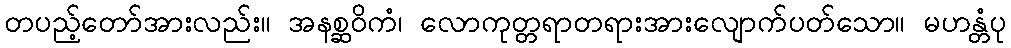
တပည့်တော်အားလည်း။ အနစ္ဆဝိကံ၊ လောကုတ္တရာတရားအားလျောက်ပတ်သော။ မဟန္တံပု